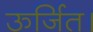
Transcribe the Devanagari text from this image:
ऊर्जित।